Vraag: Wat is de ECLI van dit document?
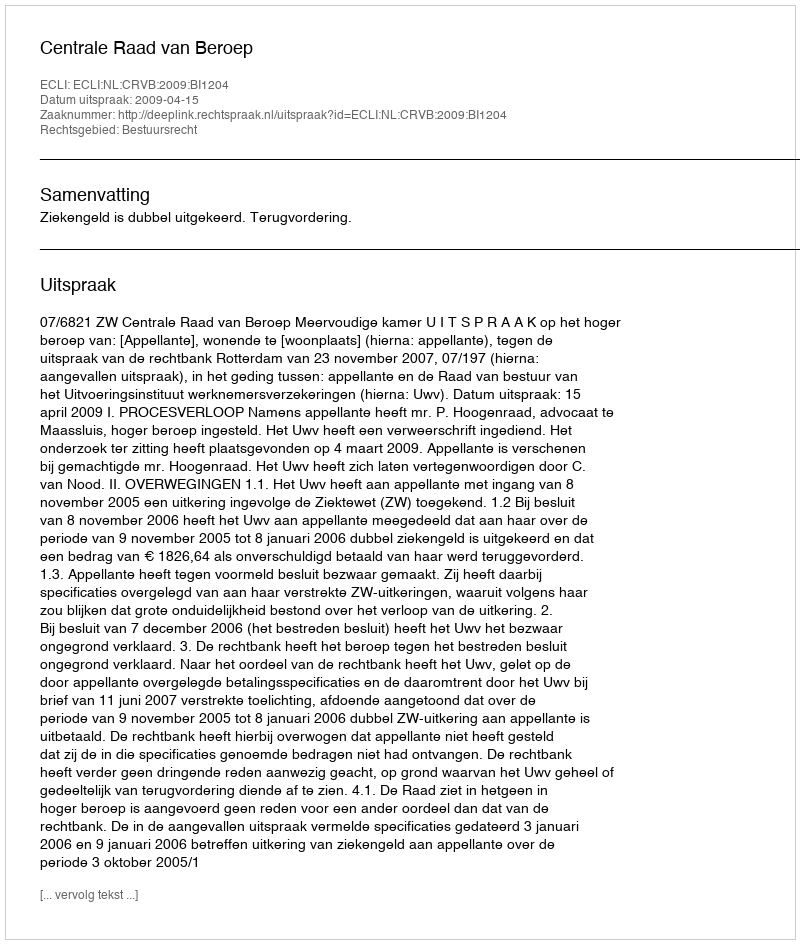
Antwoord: ECLI:NL:CRVB:2009:BI1204